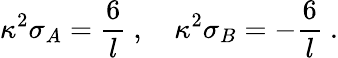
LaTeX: \kappa^{2}\sigma_{A}=\frac{6}{l}\ ,\quad\kappa^{2}\sigma_{B}=-\frac{6}{l}\ .